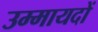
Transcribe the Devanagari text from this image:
उम्मायदों